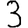
Digit: 3